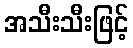
အသီးသီးဖြင့်